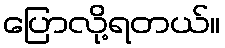
ပြောလို့ရတယ်။